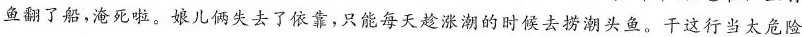
鱼翻了船，淹死啦。娘儿俩失去了依靠，只能每天趁涨潮的时候去捞潮头鱼。干这行当太危险